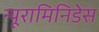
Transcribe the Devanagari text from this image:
न्यूरामिनिडेस